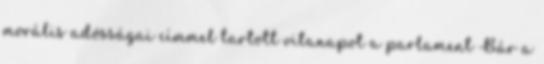
morális adósságai címmel tartott vitanapot a parlament Bár a